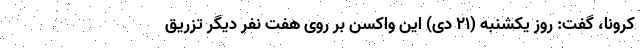
کرونا، گفت: روز یکشنبه (۲۱ دی) این واکسن بر روی هفت نفر دیگر تزریق